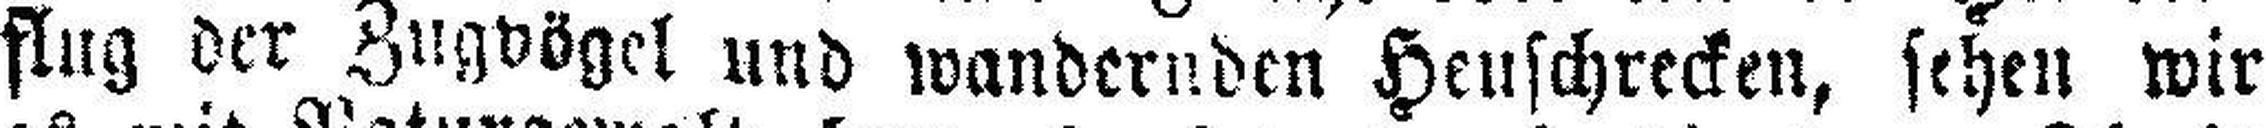
flug der Zugvögel und wandernden Heuschrecken, sehen wir